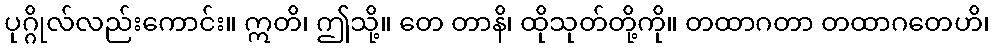
ပုဂ္ဂိုလ်လည်းကောင်း။ ဣတိ၊ ဤသို့။ တေ တာနိ၊ ထိုသုတ်တို့ကို။ တထာဂတာ တထာဂတေဟိ၊